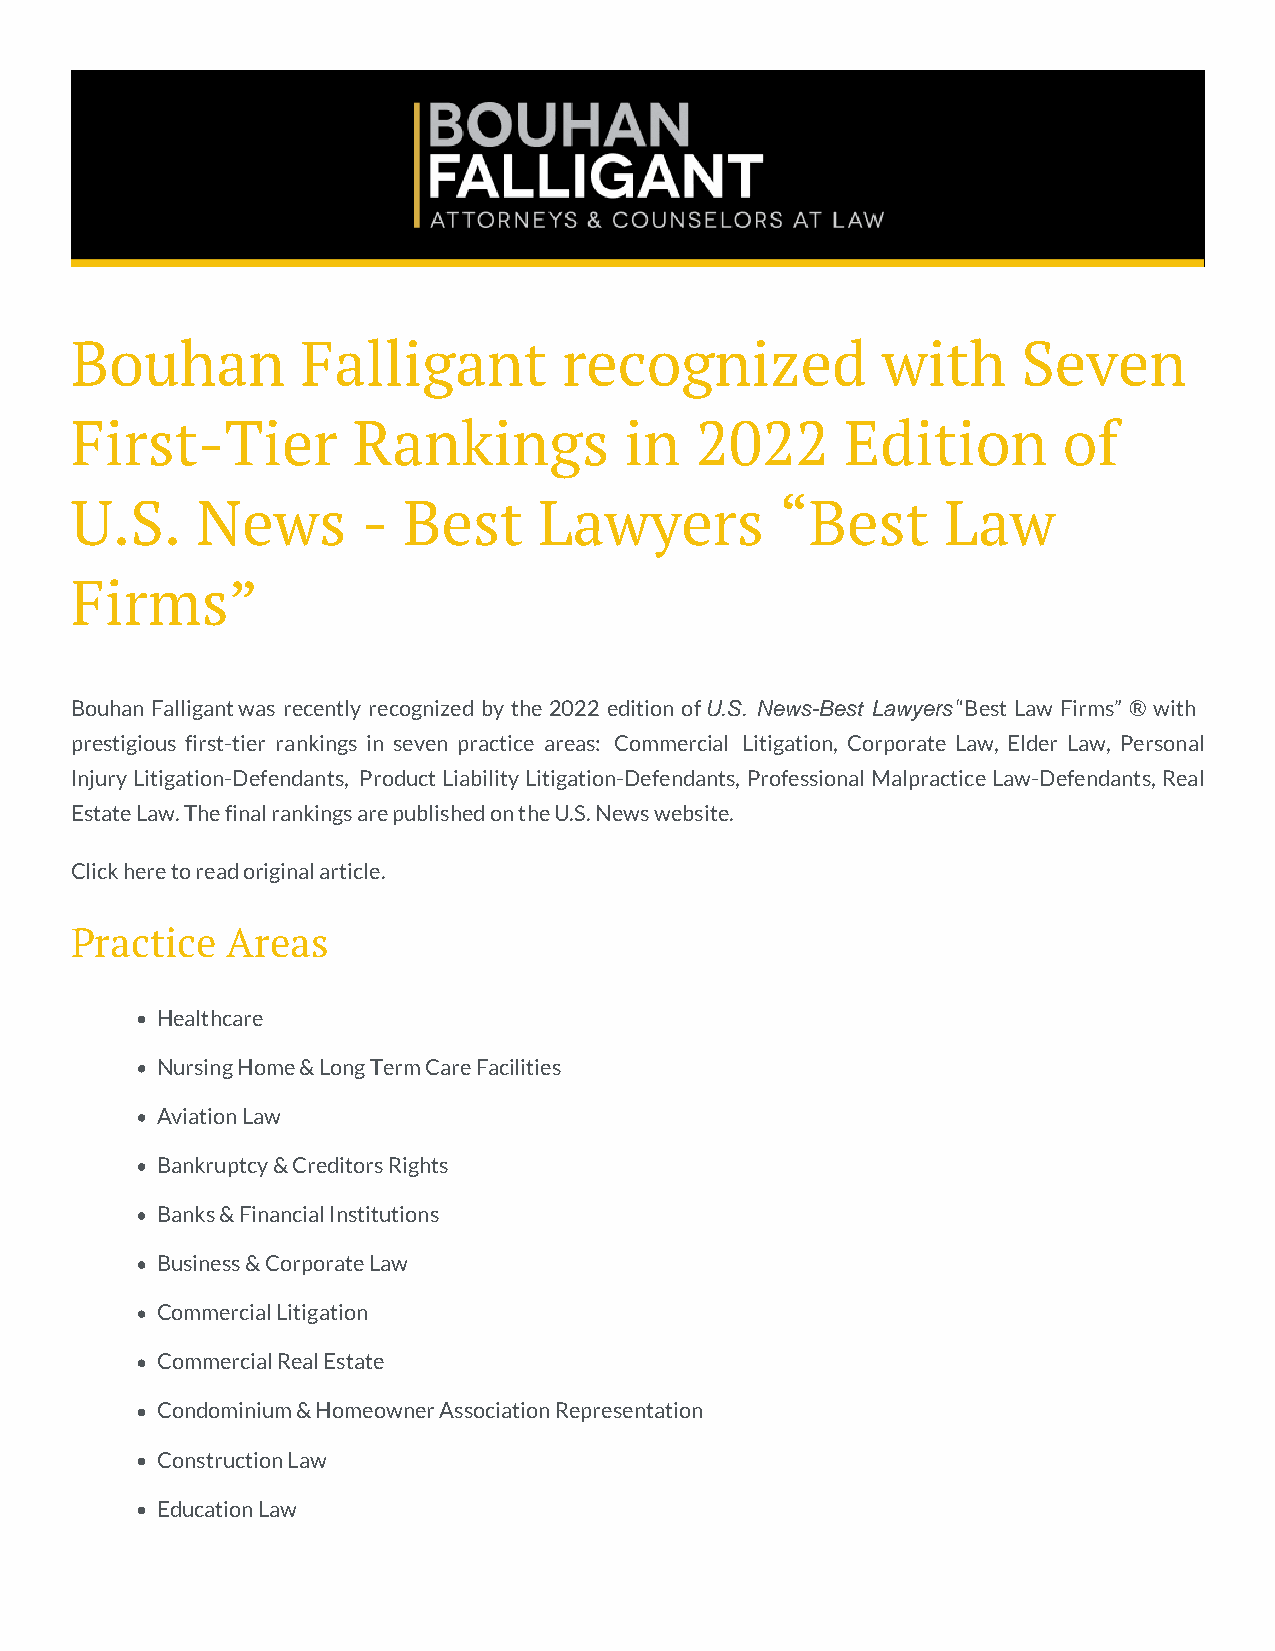
Bouhan         Falligant        recognized           with      Seven
 First-Tier        Rankings          in   2022      Edition       of
 U.S.    News       -  Best     Lawyers         “Best     Law
 Firms”
 Bouhan Falligant was recently recognized by the 2022 edition of U.S. News-Best Lawyers “Best Law Firms” ® with
 prestigious first-tier rankings in seven practice areas: Commercial Litigation, Corporate Law, Elder Law, Personal
 Injury Litigation-Defendants, Product Liability Litigation-Defendants, Professional Malpractice Law-Defendants, Real
 Estate Law. The final rankings are published on the U.S. News website.
 Click here to read original article.
 Practice  Areas
 Healthcare
 Nursing Home & Long Term Care Facilities
 Aviation Law
 Bankruptcy & Creditors Rights
 Banks & Financial Institutions
 Business & Corporate Law
 Commercial Litigation
 Commercial Real Estate
 Condominium & Homeowner Association Representation
 Construction Law
 Education Law